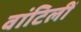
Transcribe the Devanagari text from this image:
वांटिलीं